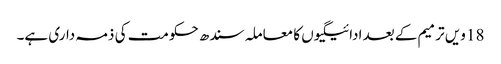
18 ویں ترمیم کے بعد ادائیگیوں کا معاملہ سندھ حکومت کی ذمہ داری ہے۔